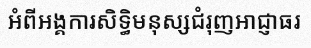
អំពីអង្គការសិទ្ធិមនុស្សជំរុញអាជ្ញាធរ